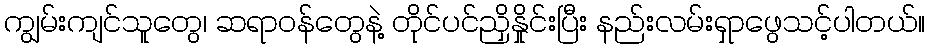
ကျွမ်းကျင်သူတွေ၊ ဆရာဝန်တွေနဲ့ တိုင်ပင်ညှိနှိုင်းပြီး နည်းလမ်းရှာဖွေသင့်ပါတယ်။